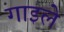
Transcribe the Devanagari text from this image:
गाइले